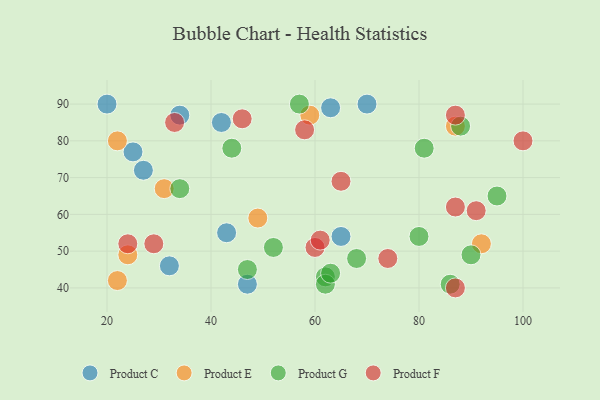
{"axis": {"x": "GDP", "y": "Life Expectancy"}, "legend": ["Product C", "Product E", "Product F", "Product G"], "data": [{"x": "70", "y": 90, "type": "Product C"}, {"x": "25", "y": 77, "type": "Product C"}, {"x": "34", "y": 87, "type": "Product C"}, {"x": "20", "y": 90, "type": "Product C"}, {"x": "47", "y": 41, "type": "Product C"}, {"x": "43", "y": 55, "type": "Product C"}, {"x": "63", "y": 89, "type": "Product C"}, {"x": "32", "y": 46, "type": "Product C"}, {"x": "27", "y": 72, "type": "Product C"}, {"x": "65", "y": 54, "type": "Product C"}, {"x": "42", "y": 85, "type": "Product C"}, {"x": "49", "y": 59, "type": "Product E"}, {"x": "59", "y": 87, "type": "Product E"}, {"x": "24", "y": 49, "type": "Product E"}, {"x": "22", "y": 80, "type": "Product E"}, {"x": "22", "y": 42, "type": "Product E"}, {"x": "31", "y": 67, "type": "Product E"}, {"x": "87", "y": 84, "type": "Product E"}, {"x": "92", "y": 52, "type": "Product E"}, {"x": "44", "y": 78, "type": "Product G"}, {"x": "62", "y": 43, "type": "Product G"}, {"x": "57", "y": 90, "type": "Product G"}, {"x": "80", "y": 54, "type": "Product G"}, {"x": "81", "y": 78, "type": "Product G"}, {"x": "88", "y": 84, "type": "Product G"}, {"x": "68", "y": 48, "type": "Product G"}, {"x": "47", "y": 45, "type": "Product G"}, {"x": "62", "y": 41, "type": "Product G"}, {"x": "63", "y": 44, "type": "Product G"}, {"x": "90", "y": 49, "type": "Product G"}, {"x": "34", "y": 67, "type": "Product G"}, {"x": "52", "y": 51, "type": "Product G"}, {"x": "95", "y": 65, "type": "Product G"}, {"x": "86", "y": 41, "type": "Product G"}, {"x": "100", "y": 80, "type": "Product F"}, {"x": "91", "y": 61, "type": "Product F"}, {"x": "87", "y": 40, "type": "Product F"}, {"x": "29", "y": 52, "type": "Product F"}, {"x": "74", "y": 48, "type": "Product F"}, {"x": "58", "y": 83, "type": "Product F"}, {"x": "65", "y": 69, "type": "Product F"}, {"x": "33", "y": 85, "type": "Product F"}, {"x": "60", "y": 51, "type": "Product F"}, {"x": "61", "y": 53, "type": "Product F"}, {"x": "24", "y": 52, "type": "Product F"}, {"x": "87", "y": 87, "type": "Product F"}, {"x": "87", "y": 62, "type": "Product F"}, {"x": "46", "y": 86, "type": "Product F"}]}